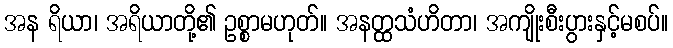
အန ရိယာ၊ အရိယာတို့၏ ဥစ္စာမဟုတ်။ အနတ္ထသံဟိတာ၊ အကျိုးစီးပွားနှင့်မစပ်။